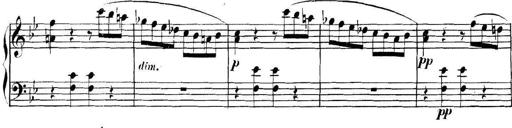
Title: Collected Piano Sonatas
Composer: Muzio Clementi